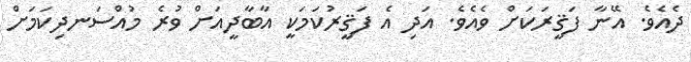
ދެއެވެ. އޭނާ ފަޤީރަކަށް ވެއެވެ. އަދި އެ ފަޤީރުކަމަކީ އާބާދީއަށް ވުރެ މުއްސަނދިކަމަށް